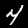
Digit: 4